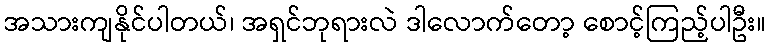
အသားကျနိုင်ပါတယ်၊ အရှင်ဘုရားလဲ ဒါလောက်တော့ စောင့်ကြည့်ပါဦး။